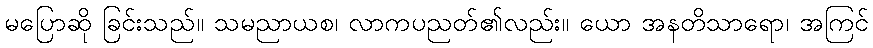
မပြောဆို ခြင်းသည်။ သမညာယစ၊ လာကပညတ်၏လည်း။ ယော အနတိသာရော၊ အကြင်